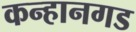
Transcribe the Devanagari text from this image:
कन्हानगड